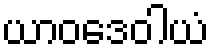
ယာဝဒေဝါယံ